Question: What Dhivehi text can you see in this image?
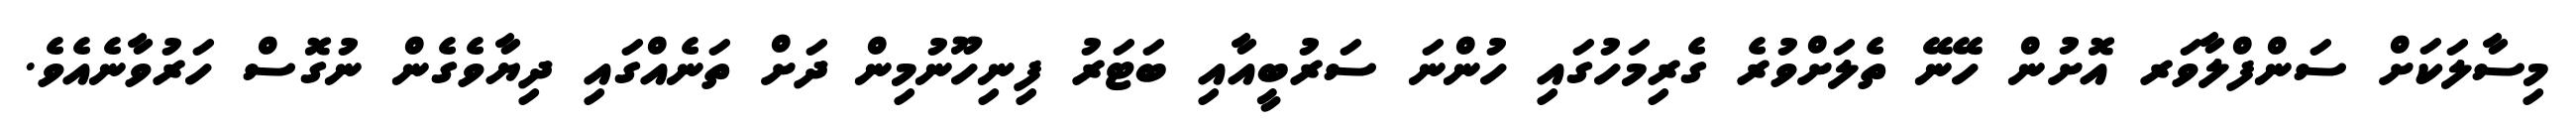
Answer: މިސާލަކަށް ސަންފްލާވަރ އޮށުން ހޭނޭ ތެލަށްވުރެ ގެރިމަހުގައި ހުންނަ ސަރުބީއާއި ބަޓަރު ފިނިހޫނުމިން ދަށް ތަނެއްގައި ދިޔާވެގެން ނުގޮސް ހަރުވާނެއެވެ.